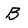
Character: B